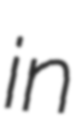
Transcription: in